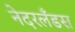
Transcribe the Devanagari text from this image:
नेदरलँडस